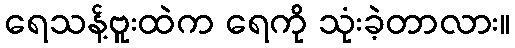
ရေသန့်ဗူးထဲက ရေကို သုံးခဲ့တာလား။